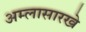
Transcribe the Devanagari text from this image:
अम्लासारखे